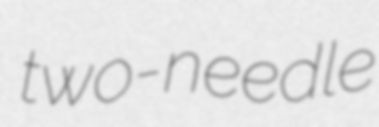
two-needle